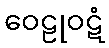
ဝေဠုဝဋံ